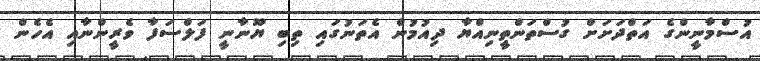
އުސްމާނީންގެ އަތްދަށަށް ގުސްތަންތީނިއްޔާ ދިއުމުން އެތަނުގައި ތިބި ޔޫނާނީ ފަލްސަފާ ވެރީންނާއި އެހެން